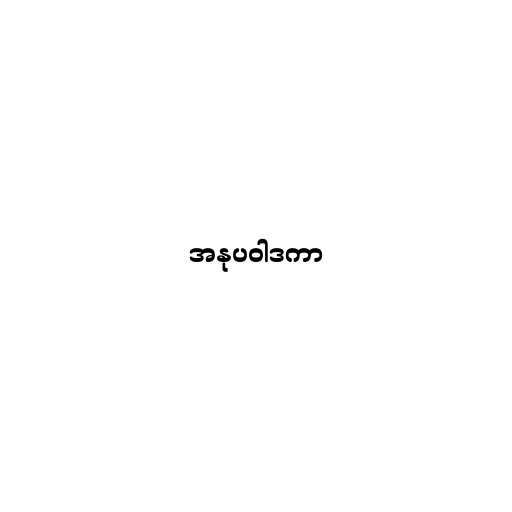
အနုပဝါဒကာ